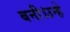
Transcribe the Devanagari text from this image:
बनी।उन्हे